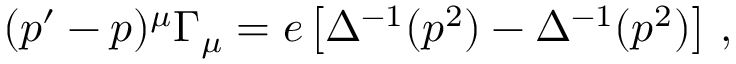
( p ^ { \prime } - p ) ^ { \mu } \Gamma _ { \mu } = e \left[ \Delta ^ { - 1 } ( p ^ { 2 } ) - \Delta ^ { - 1 } ( p ^ { 2 } ) \right] \, ,